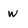
Character: W